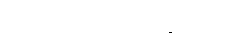
ဒွေသဟာယက ဘိက္ခုဝတ္ထု။